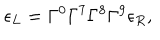
\epsilon _ { L } = \Gamma ^ { 0 } \Gamma ^ { 7 } \Gamma ^ { 8 } \Gamma ^ { 9 } \epsilon _ { R } ,